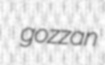
gozzan